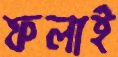
ফলাই